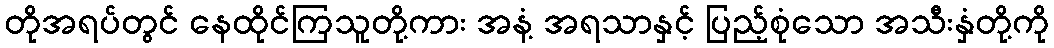
တိုအရပ်တွင် နေထိုင်ကြသူတို့ကား အနံ့ အရသာနှင့် ပြည့်စုံသော အသီးနှံတို့ကို